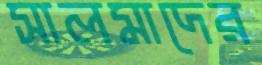
সালমাদের